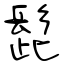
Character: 髭